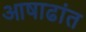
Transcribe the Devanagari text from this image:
आषाढांत